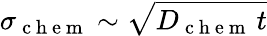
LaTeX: \sigma_{\mathrm{~c~h~e~m~}}\sim\sqrt{D_{\mathrm{~c~h~e~m~}}\, t}